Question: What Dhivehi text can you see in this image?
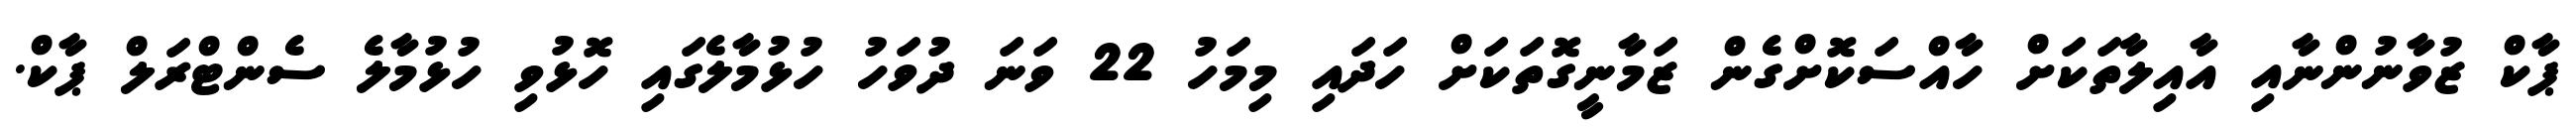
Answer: ޕާކް ޒުވާނުންނާއި އާއިލާތަކަށް ހާއްސަކޮށްގެން ޒަމާނީގޮތަކަށް ހަދައި މިމަހު 22 ވަނަ ދުވަހު ހުޅުމާލެގައި ހޮޅުވި ހުޅުމާލެ ސެންޓްރަލް ޕާކް.